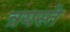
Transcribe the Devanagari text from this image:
त्रयस्ते